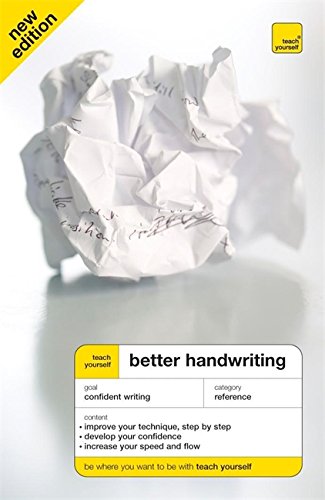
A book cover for Teach Yourself Better Handwriting (Teach Yourself - General); Rosemary Sassoon; Reference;